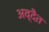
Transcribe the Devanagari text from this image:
अव्दैत